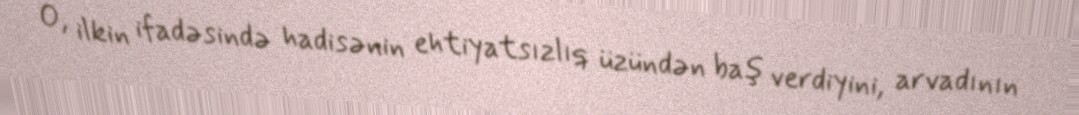
O, ilkin ifadəsində hadisənin ehtiyatsızlıq üzündən baş verdiyini, arvadının